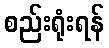
စည်းရုံးရန်